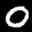
Label: 0